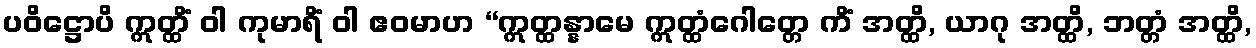
ပဝိဋ္ဌောပိ ဣတ္ထိံ ဝါ ကုမာရိံ ဝါ ဧဝမာဟ “ဣတ္ထန္နာမေ ဣတ္ထံဂေါတ္တေ ကိံ အတ္ထိ, ယာဂု အတ္ထိ, ဘတ္တံ အတ္ထိ,